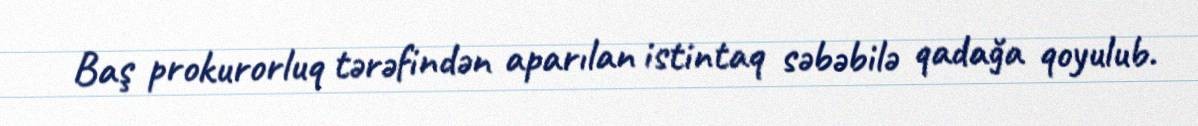
Baş prokurorluq tərəfindən aparılan istintaq səbəbilə qadağa qoyulub.